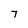
Character: 7